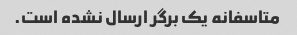
متاسفانه یک برگر ارسال نشده است.